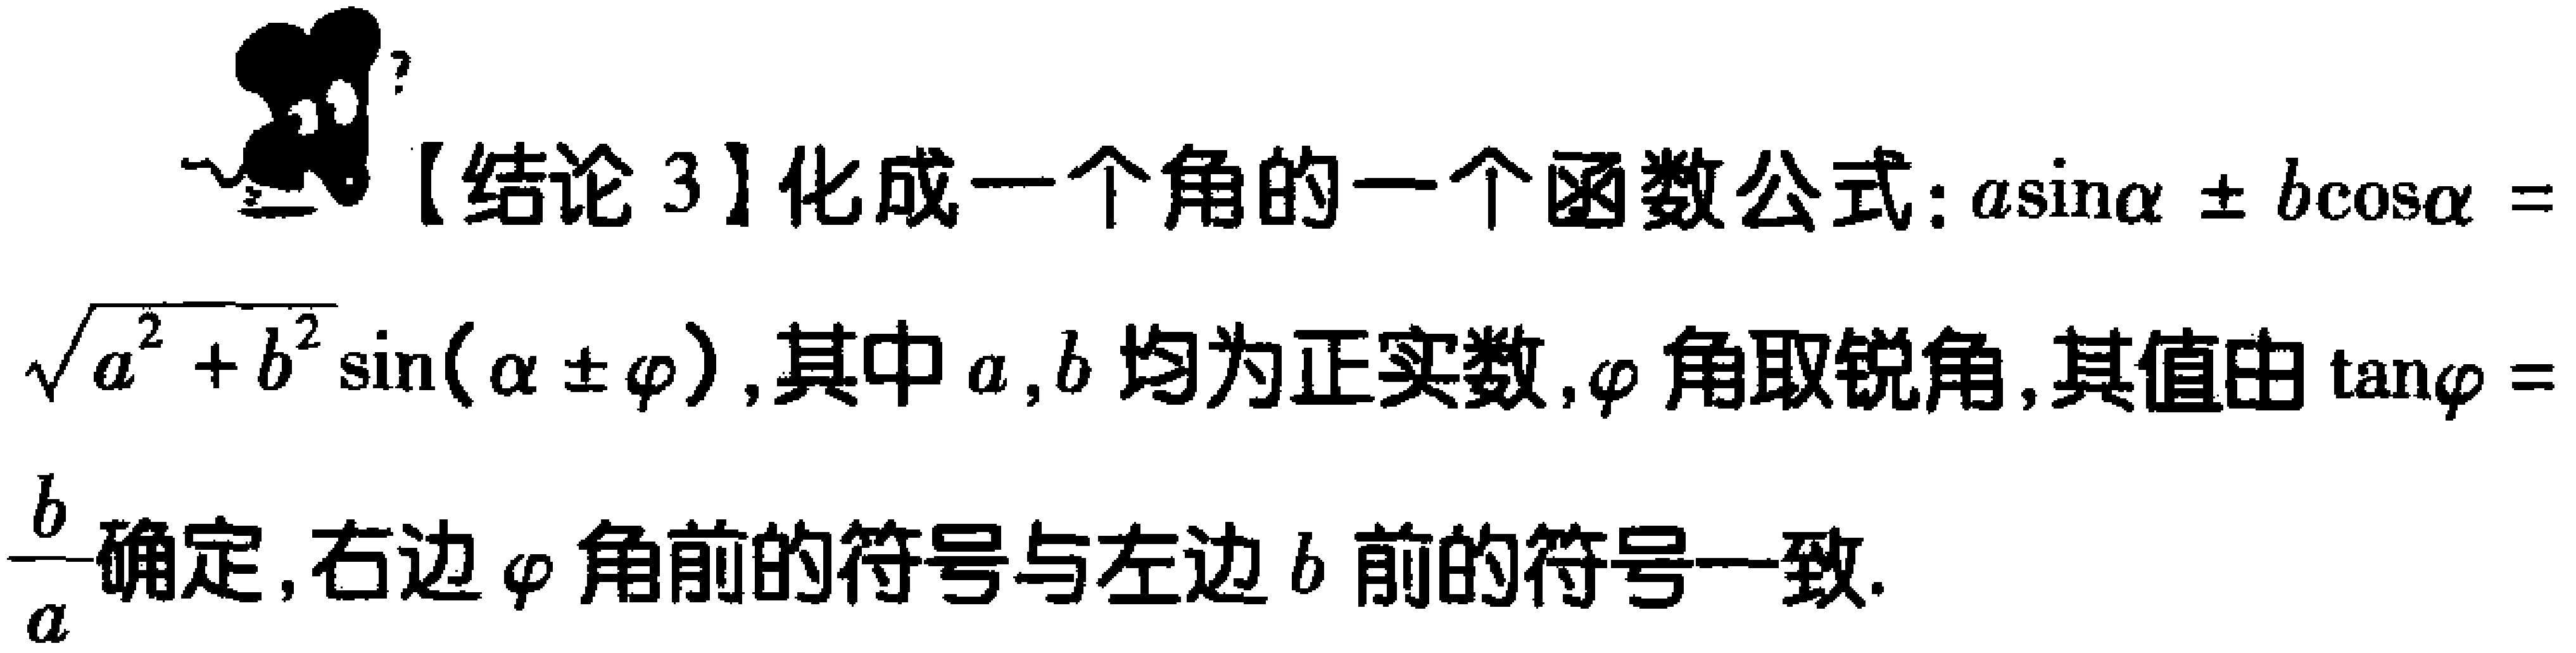
【结论 3】化成一个角的一个函数公式：\(a\sin\alpha \pm b\cos\alpha = \sqrt{a^{2}+b^{2}}\sin(\alpha \pm \varphi)\)，其中\(a,b\)均为正实数，\(\varphi\)角取锐角，其值由\(\tan\varphi = \frac{b}{a}\)确定，右边\(\varphi\)角前的符号与左边\(b\)前的符号一致.